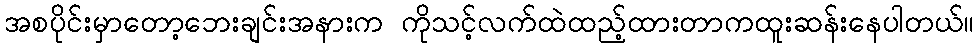
အစပိုင်းမှာတော့ဘေးချင်းအနားက ကိုသင့်လက်ထဲထည့်ထားတာကထူးဆန်းနေပါတယ်။